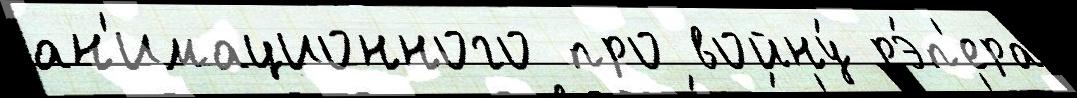
ан'имационного про войну́ рэ́п'ера